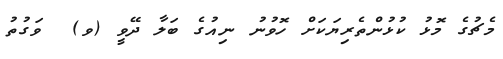
މެޗުގެ މޮޅު ކުޅުންތެރިޔަކަށް ހޮވުނު ނިއުގެ ބަލާ ދޭވީ (ވ)  ވަގުތު